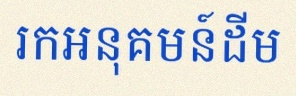
រកអនុគមន៍ដើម